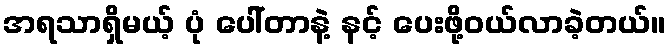
အရသာရှိမယ့် ပုံ ပေါ်တာနဲ့ နင့် ပေးဖို့ဝယ်လာခဲ့တယ်။